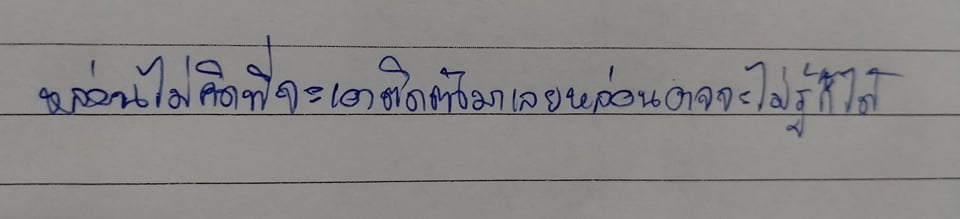
หล่อนไม่คิดที่จะเอาติดตัวมาเลยหล่อนอาจจะไม่รู้ก็ได้